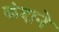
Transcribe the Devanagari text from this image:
कंदाने